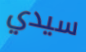
سيدي